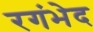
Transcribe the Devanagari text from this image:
रगंभेद